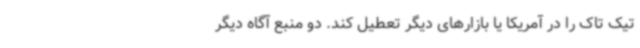
تیک تاک را در آمریکا یا بازارهای دیگر تعطیل کند. دو منبع آگاه دیگر